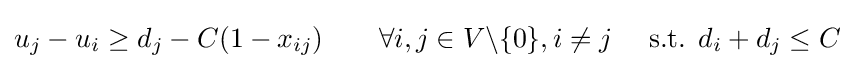
u_{j}-u_{i}\geq d_{j}-C(1-x_{ij})~~~~~~\forall i,j\in V\backslash \{0\},i\neq j~~~~{\text{s.t. }}d_{i}+d_{j}\leq C